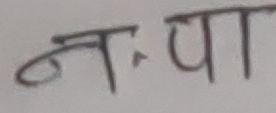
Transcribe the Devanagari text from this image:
न. पा